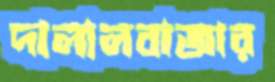
দালালবাজার